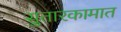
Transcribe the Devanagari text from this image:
सुतारकामात